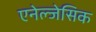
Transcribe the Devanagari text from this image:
एनेल्जेसिक